Report on the bubonic plague in Bombay, 1896-1897
Year: 1896
Disease focus: Plague
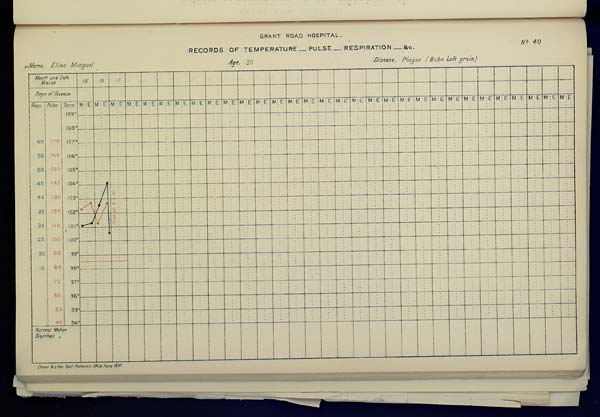
GRANT ROAD HOSPITAL
RECORDS OF TEMPERATURE __ PULSE __ RESPIRATION __ &c. No. 40
Name,
Elias
Minguel
Age,
30
Disease,
Plague
(Bubo Left groin)
Drawn & Litho: Govt. Photozinco: Office, Poona 1897.